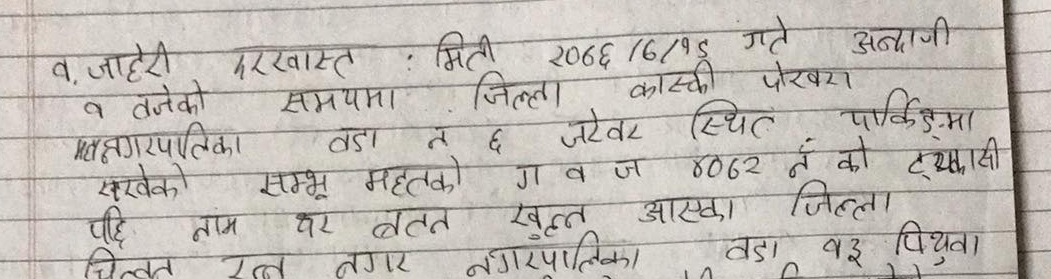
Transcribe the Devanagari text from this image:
१. जाहेरी दरखास्त : मिति २०७६/७/१८ गते अन्दाजी
१ बजेको समयमा जिल्ला कास्की पोखरा
महानगरपालिका वडा नं ६ जरेवर स्थित पाकिङ्गमा
सरकेको सम्भु महतोको ग व ज ४०६२ नं को ट्याक्सी
पछि नाम थर वतन खुल्न आएका जिल्ला
चितवन रत्ननगर नगरपालिका वडा १३ पिथुवा